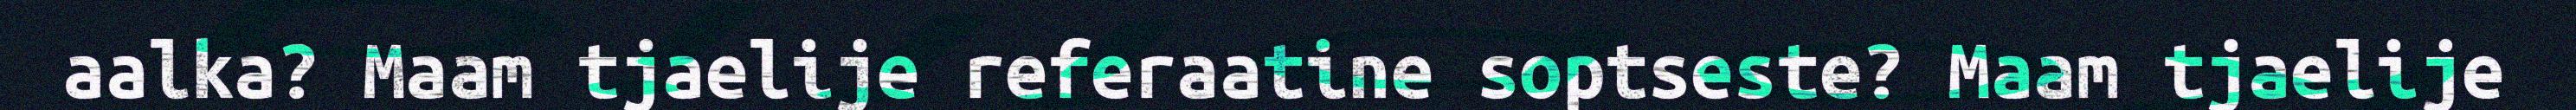
aalka? Maam tjaelije referaatine soptseste? Maam tjaelije